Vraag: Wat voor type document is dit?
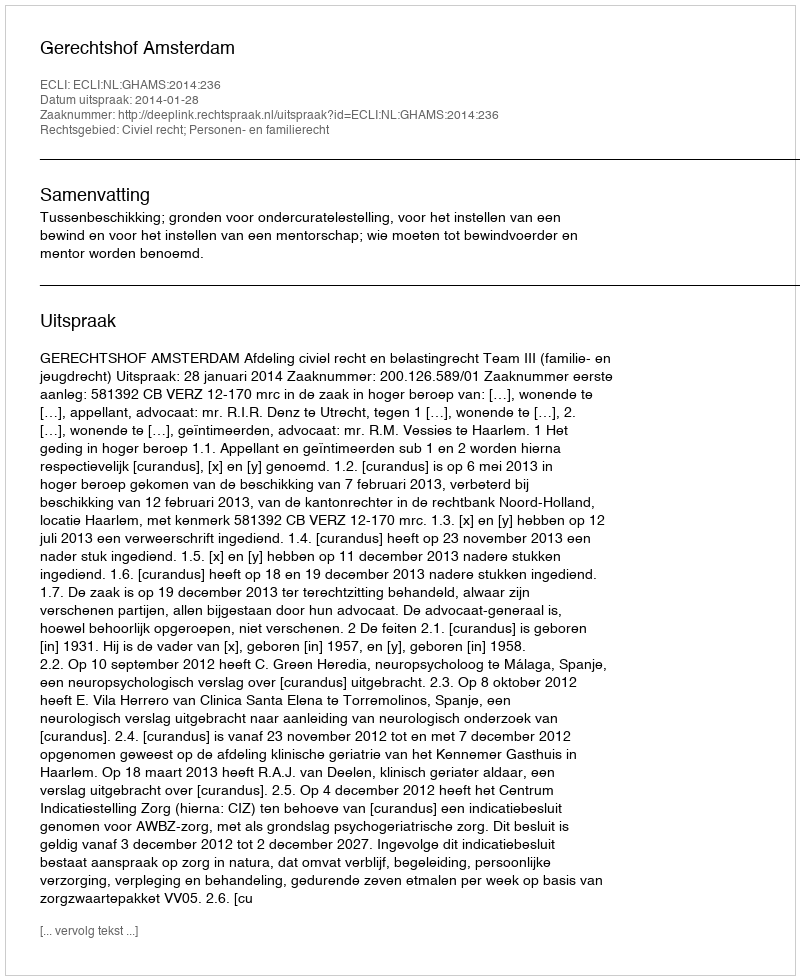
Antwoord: Uitspraak